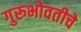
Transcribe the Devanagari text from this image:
गुरूभोवतीचे